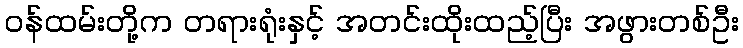
ဝန်ထမ်းတို့က တရားရုံးနှင့် အတင်းထိုးထည့်ပြီး အဖွားတစ်ဦး